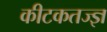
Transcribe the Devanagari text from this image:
कीटकतज्ज्ञ